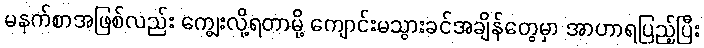
မနက်စာအဖြစ်လည်း ကျွေးလို့ရတာမို့ ကျောင်းမသွားခင်အချိန်တွေမှာ အာဟာရပြည့်ပြီး